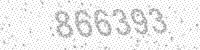
Solution: 866393